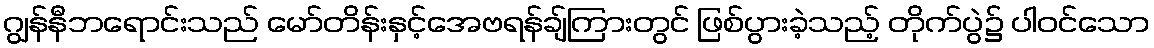
ဂျွန်နီဘရောင်းသည် မော်တိန်းနှင့်အေဗရန်ချ်ကြားတွင် ဖြစ်ပွားခဲ့သည့် တိုက်ပွဲ၌ ပါဝင်သော